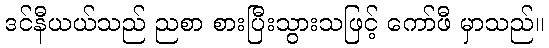
ဒင်နီယယ်သည် ညစာ စားပြီးသွားသဖြင့် ကော်ဖီ မှာသည်။